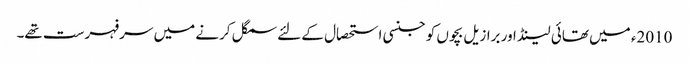
2010ء میں تھائی لینڈ اور برازیل بچوں کو جنسی استحصال کے لئے سمگل کرنے میں سرفہرست تھے۔